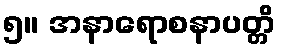
၅။ အနာရောစနာပတ္တိ